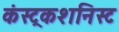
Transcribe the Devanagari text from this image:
कंस्ट्रकशनिस्ट